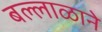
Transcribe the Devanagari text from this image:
बल्लाळाने